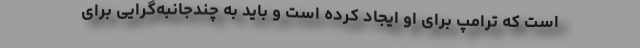
است که ترامپ برای او ایجاد کرده است و باید به چندجانبه‌گرایی برای